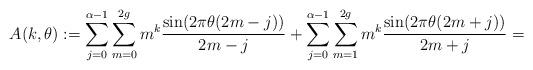
LaTeX: \begin{align*} A(k,\theta) := \sum_{j=0}^{\alpha-1} \sum_{m=0}^{2g} m^k \frac{ \sin (2 \pi \theta(2m-j))}{2m-j}+\sum_{j=0}^{\alpha-1} \sum_{m=1}^{2g} m^k \frac{ \sin (2 \pi \theta(2m+j))}{2m+j} = \end{align*}